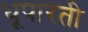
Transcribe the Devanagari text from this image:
धूपारती